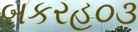
બકરહ૦૩